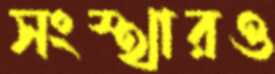
সংস্থারও